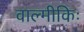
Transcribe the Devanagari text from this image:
वाल्मीकिः